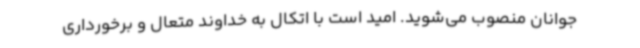
جوانان منصوب می‌شوید. امید است با اتکال به خداوند متعال و برخورداری